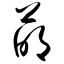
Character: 萌